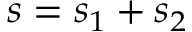
s = s _ { 1 } + s _ { 2 }